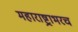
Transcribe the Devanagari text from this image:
महाराष्ट्राभरच